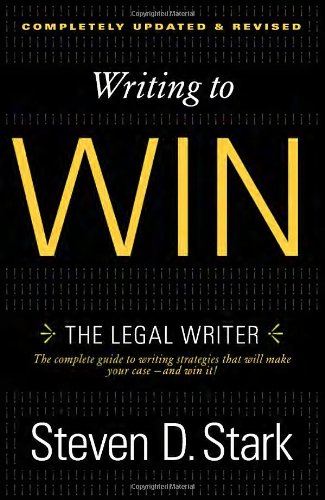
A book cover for Writing to Win: The Legal Writer; Steven D. Stark; Law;